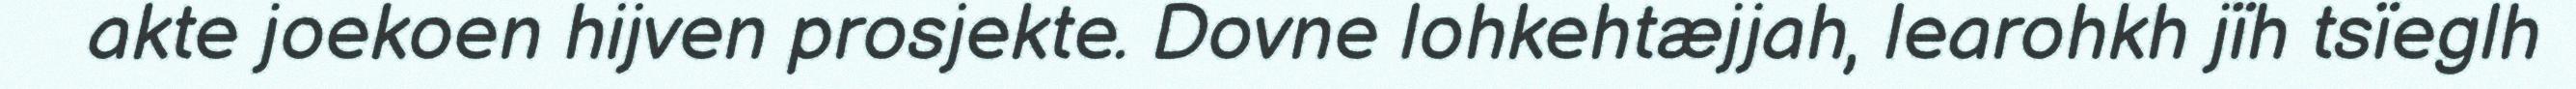
akte joekoen hijven prosjekte. Dovne lohkehtæjjah, learohkh jïh tsïeglh